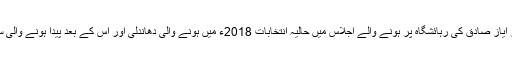
اسلام آباد میں سپیکر قومی اسمبلی سردار ایاز صادق کی رہائشگاہ پر ہونے والے اجلاس میں حالیہ انتخابات 2018ء میں ہونے والی دھاندلی اور اس کے بعد پیدا ہونے والی سیاسی صورتحال کا جائزہ لیا جا رہا ہے۔